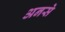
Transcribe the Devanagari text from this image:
अनसे